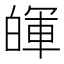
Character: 𤾈